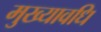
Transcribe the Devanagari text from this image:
मुख्यावधि